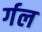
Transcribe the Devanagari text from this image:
र्गल